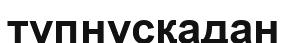
тұпнұсқадан